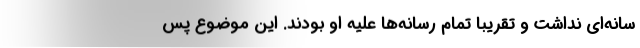
سانه‌ای نداشت و تقریباً تمام رسانه‌ها علیه او بودند. این موضوع پس